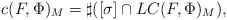
LaTeX: \begin{align*}c(F,\Phi)_M =\sharp ([\sigma] \cap LC(F,\Phi)_M),\end{align*}